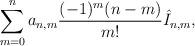
LaTeX: \begin{align*} \sum_{m=0}^na_{n,m}\frac{(-1)^m(n-m)}{m!}\hat{I}_{n,m},\end{align*}